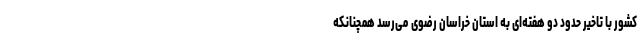
کشور با تاخیر حدود دو هفته‌ای به استان خراسان رضوی می‌رسد همچنانکه